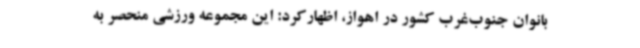
بانوان جنوب‌غرب کشور در اهواز، اظهارکرد: این مجموعه ورزشی منحصر به